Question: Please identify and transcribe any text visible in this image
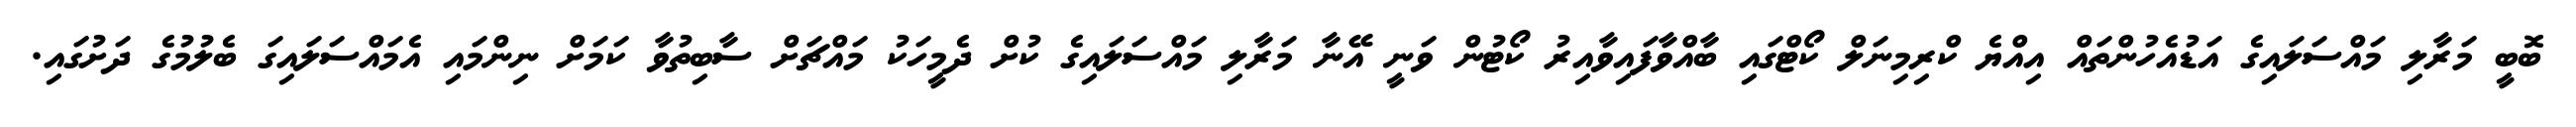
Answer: ބޮބީ މަރާލި މައްސަލައިގެ އަޑުއެހުންތައް އިއްޔެ ކްރިމިނަލް ކޯޓްގައި ބާއްވާފައިވާއިރު ކޯޓުން ވަނީ އޭނާ މަރާލި މައްސަލައިގެ ކުށް ދެމީހަކު މައްޗަށް ސާބިތުވާ ކަމަށް ނިންމައި އެމައްސަލައިގަ ބެލުމުގެ ދަށުގައި.